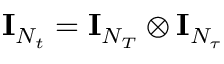
\mathbf { I } _ { N _ { t } } = \mathbf { I } _ { N _ { T } } \otimes \mathbf { I } _ { N _ { \tau } }